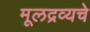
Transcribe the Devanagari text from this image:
मूलद्रव्यचे